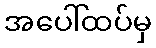
အပေါ်ထပ်မှ